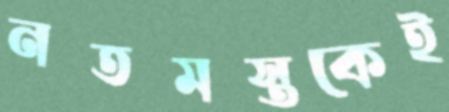
নতমস্তকেই